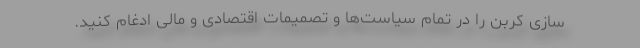
سازی کربن را در تمام سیاست‌ها و تصمیمات اقتصادی و مالی ادغام کنید.